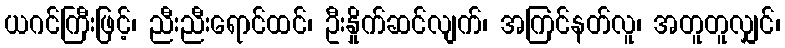
ယဂင်ကြီးဖြင့်၊ ညီးညီးရောင်ထင်၊ ဦးနှိုက်ဆင်လျက်၊ အကြင်နတ်လူ၊ အတူတူလျှင်၊